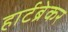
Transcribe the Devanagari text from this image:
हार्टब्रेकर